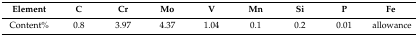
<table><thead><tr><td><b>Element</b></td><td><b>C</b></td><td><b>Cr</b></td><td><b>Mo</b></td><td><b>V</b></td><td><b>Mn</b></td><td><b>Si</b></td><td><b>P</b></td><td><b>Fe</b></td></tr></thead><tbody><tr><td>Content%</td><td>0.8</td><td>3.97</td><td>4.37</td><td>1.04</td><td>0.1</td><td>0.2</td><td>0.01</td><td>allowance</td></tr></tbody></table>